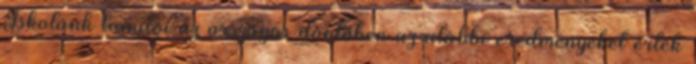
Iskolánk tanulói az országos döntőben az alábbi eredményeket érték